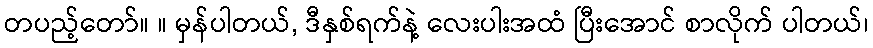
တပည့်တော်။ ။ မှန်ပါတယ်, ဒီနှစ်ရက်နဲ့ လေးပါးအထံ ပြီးအောင် စာလိုက် ပါတယ်၊